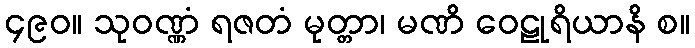
၄၉၀။ သုဝဏ္ဏံ ရဇတံ မုတ္တာ၊ မဏိ ဝေဠုရိယာနိ စ။